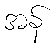
အန်